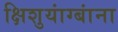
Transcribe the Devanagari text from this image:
क्षिशुयांग्बांना